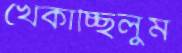
খেঁকাচ্ছিলুম